Report on lock hospitals in British Burma
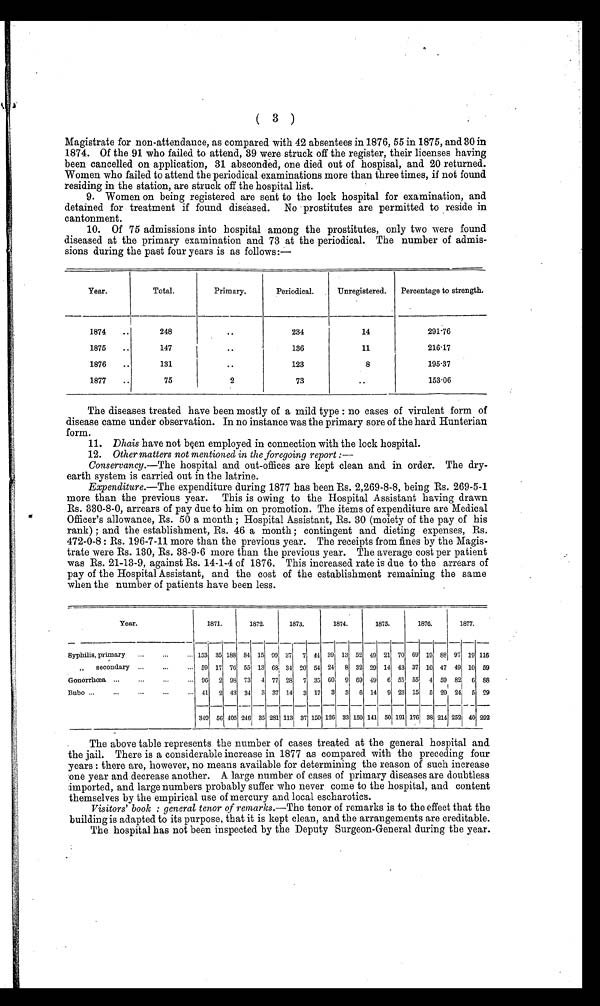
( 3 )
Magistrate for non-attendance, as compared with 42 absentees in 1876, 55 in 1875, and 30 in
1874. Of the 91 who failed to attend, 39 were struck off the register, their licenses having
been cancelled on application, 31 absconded, one died out of hospisal, and 20 returned.
Women who failed to attend the periodical examinations more than three times, if not found
residing in the station, are struck off the hospital list.
9. Women on being registered are sent to the lock hospital for examination, and
detained for treatment if found diseased. No prostitutes are permitted to reside in
cantonment.
10. Of 75 admissions into hospital among the prostitutes, only two were found
diseased at the primary examination and 73 at the periodical. The number of admis-
sions during the past four years is as follows:—
Year.
Total.
Primary.
Periodical.
Unregistered.
Percentage to strength.
1874
..
2 4 8
..
234
14
291·76
1875
..
14
. .
136
11
216·17
1876
..
1 3 1
. .
123
8
195·37
1877
• •
75
2
7 3
..
153·06
The diseases treated have been mostly of a mild type : no cases of virulent form of
disease came under observation. In no instance was the primary sore of the hard Hunterian
form.
11. Dhais have not been employed in connection with the lock hospital.
12.
Other matters not mentioned in the foregoing report :—
Conservancy.— The hospital and out-offices are kept clean and in order. The dry-
earth system is carried out in the latrine.
Expenditure.—The expenditure during 1877 has been Rs. 2,269-8-8, being Rs. 269-5-1
more than the previous year. This is owing to the Hospital Assistant having drawn
Rs. 330-8-0, arrears of pay due to him on promotion. The items of expenditure are Medical
Officer's allowance, Rs. 50 a month ; Hospital Assistant, Rs. 30 (moiety of the pay of his
rank) ; and the establishment, Rs. 46 a month ; contingent and dieting expenses, Rs.
472-0-8 : Rs. 196-7-11 more than the previous year. The receipts from fines by the Magis-
trate were Rs. 130, Rs. 38-9-6 more than the previous year. The average cost per patient
was Rs. 21-13-9, against Rs. 14-1-4 of 1876. This increased rate is due to the arrears of
pay of the Hospital Assistant, and the cost of the establishment remaining the same
when the number of patients have been less.
Year.
1871.
1872.
1873.
1874.
1875.
1876.
1877.
Syphilis, primary
. . .
. . .
. . . 153 35 188 84 15 09 37
7 44 39 13 52 49 21 70 69 19 88 97 19 116
secondary
. . .
. . .
. . . 59 17 76 55 13 68 34 20 54 24
8 32 29 14 43 37 10 47 49 10 59
Gonorrhoea ...
. . .
. . .
. . . 96
2
9 8 73
4 77 28
7 35 60
9 69 49
6 55 55
4 59 82
6 88
Bubo ...
...
. . .
. . .
. . . 41
2 43 34
3 37 14
3 17
3
3
6 14
9 23 15
5 20 24
5 29
340 56 405 246 35 281 113 37 150 126 33 159 141 50 191 176 38 214 252 40 292
The above table represents the number of cases treated at the general hospital and
the jail. There is a considerable increase in 1877 as compared with the preceding four
years : there are, however, no means available for determining the reason of such increase
one year and decrease another. A large number of cases of primary diseases are doubtless
imported, and large numbers probably suffer who never come to the hospital, and content
themselves by the empirical use of mercury and local escharotics.
Visitors' book : general tenor of remarks.— The tenor of remarks is to the effect that the
building is adapted to its purpose, that it is kept clean, and the arrangements are creditable.
The hospital has not been inspected by the Deputy Surgeon-General during the year.